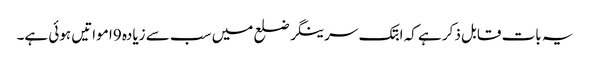
یہ بات قابل ذکر ہے کہ ابتک سرینگر ضلع میں سب سے زیادہ 9ا مواتیں ہوئی ہے۔